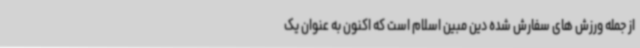
از جمله ورزش های سفارش شده دین مبین اسلام است که اکنون به عنوان یک